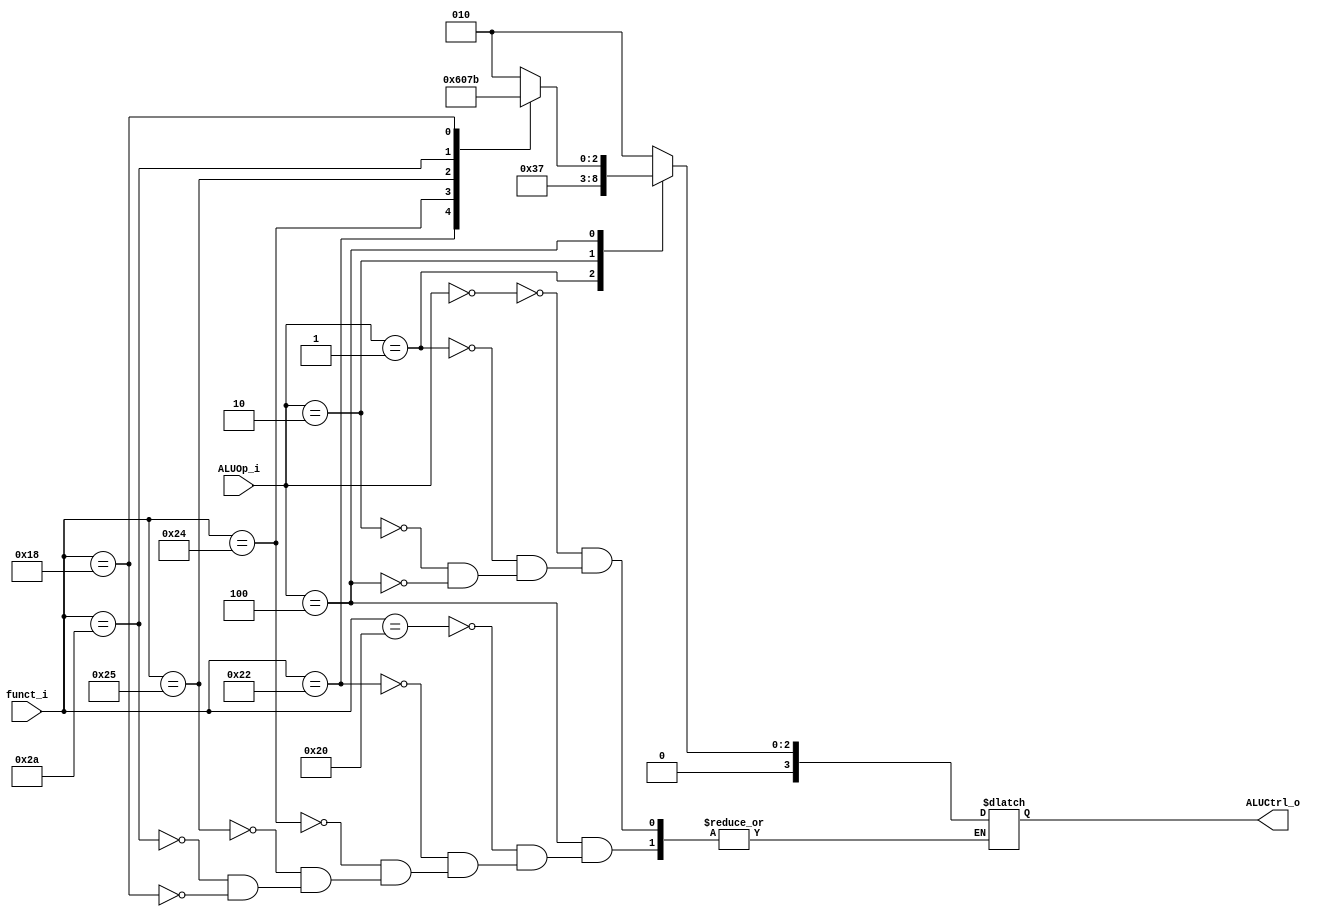
// id: 109550022

`timescale 1ns/1ps
module ALU_Ctrl(
          funct_i,
          ALUOp_i,
          ALUCtrl_o
          );
          
//I/O ports 
input      [6-1:0] funct_i;
input      [3-1:0] ALUOp_i;

output     [4-1:0] ALUCtrl_o;    
     
//Internal Signals
reg        [4-1:0] ALUCtrl_o;

//Parameter

       
//Select exact operation
always @(ALUOp_i or funct_i) begin
    case (ALUOp_i)
        3'b000: ALUCtrl_o <= 4'b0010; // lw, sw, addi
        3'b001: ALUCtrl_o <= 4'b0110; // beq
        3'b010: ALUCtrl_o <= 4'b0111; // slti
        3'b100: begin // R-format
            case (funct_i)
                6'b100000: ALUCtrl_o <= 4'b0010; // add
                6'b100010: ALUCtrl_o <= 4'b0110; // sub
                6'b100100: ALUCtrl_o <= 4'b0000; // and
                6'b100101: ALUCtrl_o <= 4'b0001; // or
                6'b101010: ALUCtrl_o <= 4'b0111; // slt
                6'b011000: ALUCtrl_o <= 4'b0011; // mult
            endcase
        end
    endcase
end

endmodule